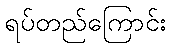
ရပ်တည်ကြောင်း